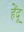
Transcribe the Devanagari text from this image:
हेंदू